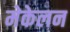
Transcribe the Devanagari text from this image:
मेकेलन